Bréfritari: Jakobína Jónsdóttir
Viðtakandi: Sólveig Jónsdóttir
Dagsetning: A-1872-11-23
Skrifað á: Bessastöðum  Gull.
systir bréfviðtakanda

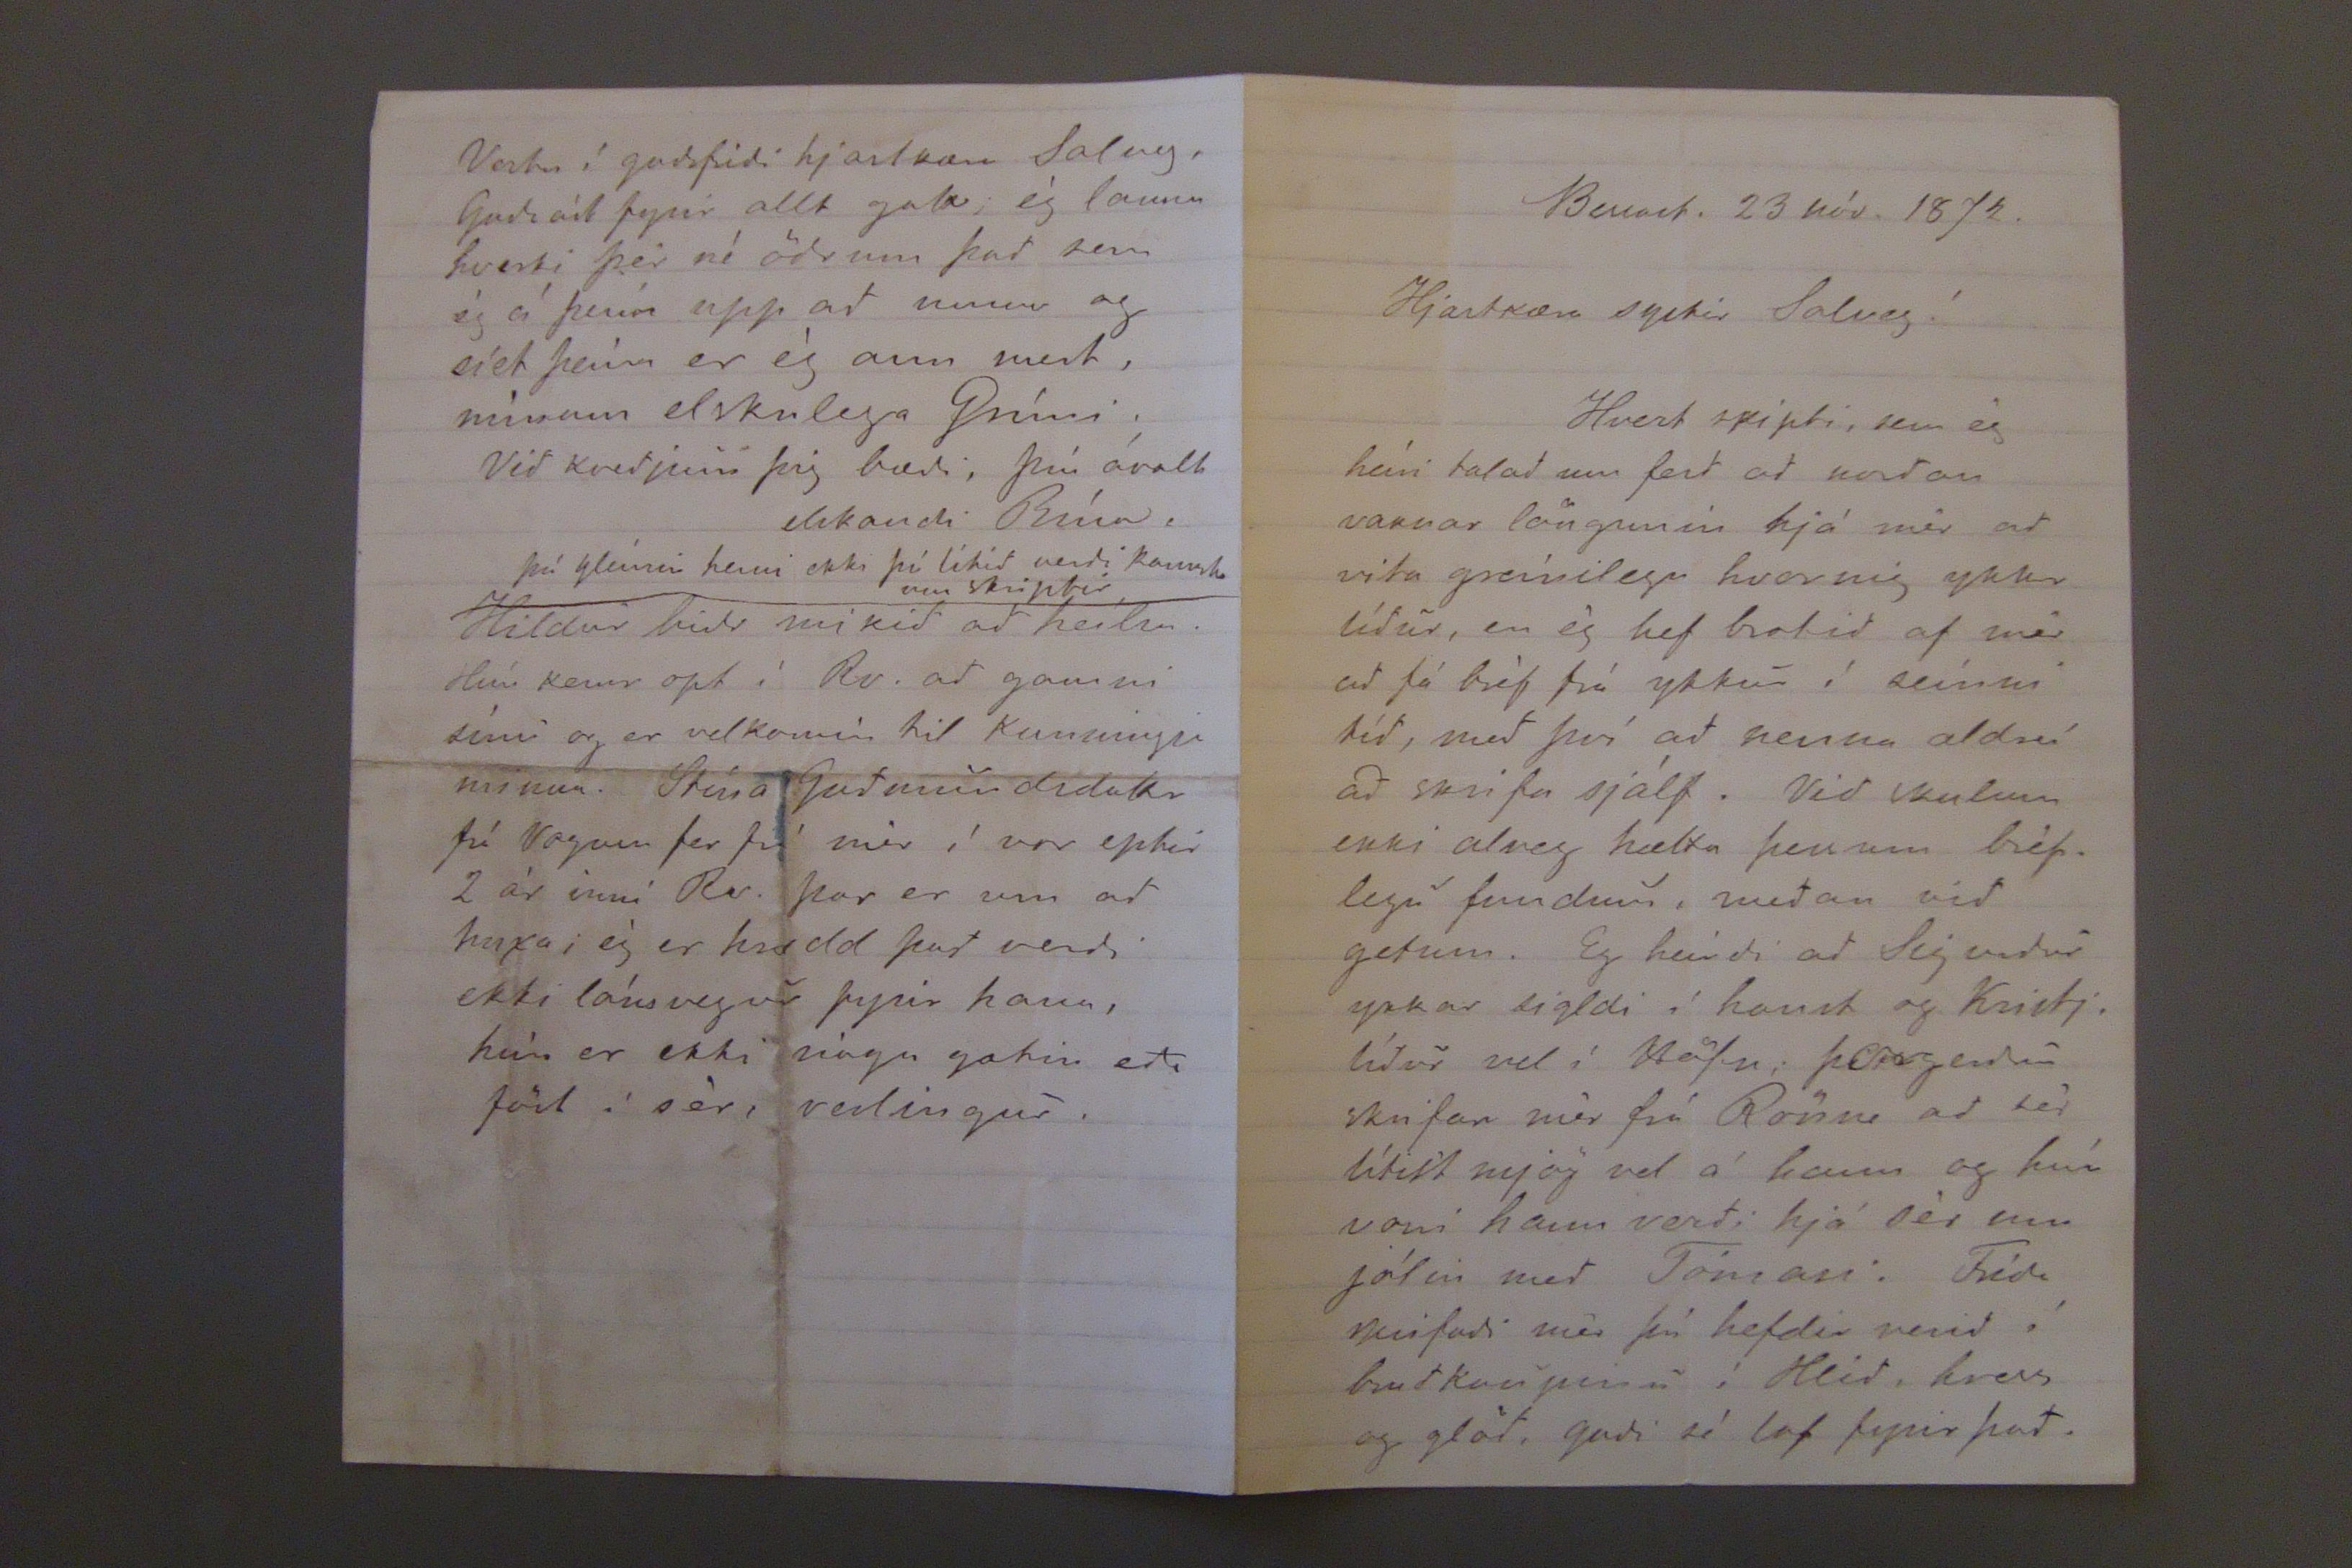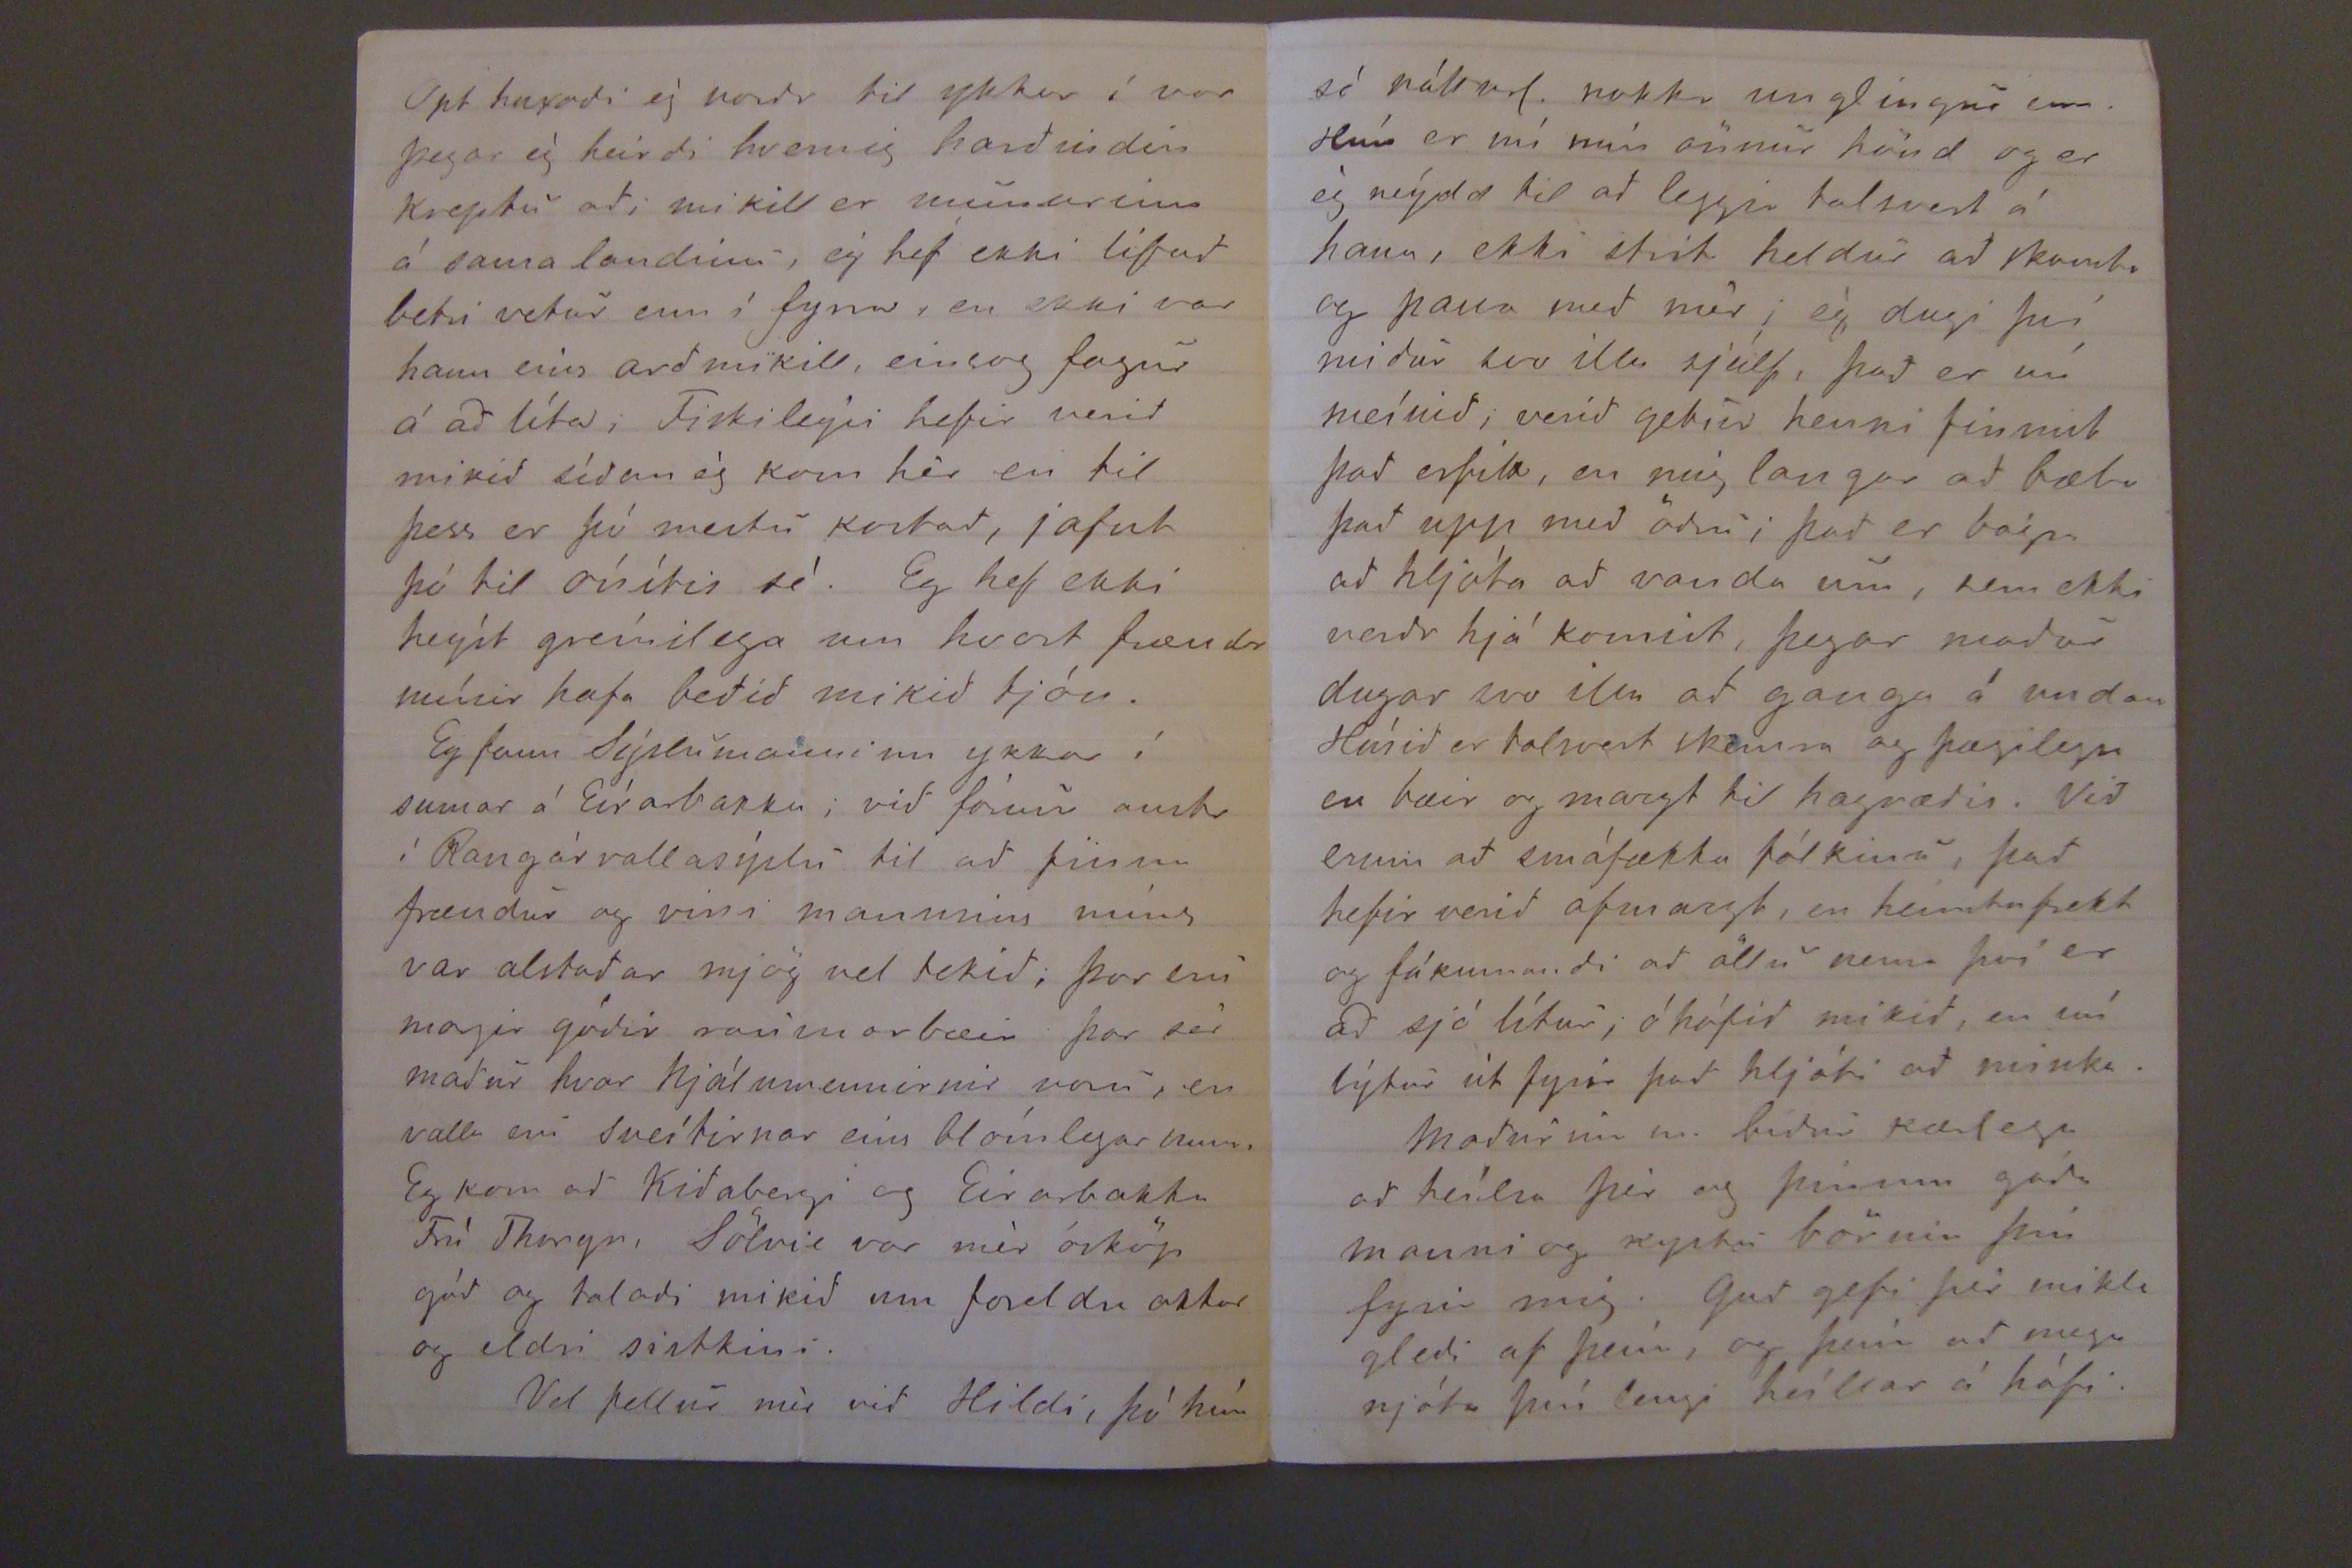

Bessast. 23 nóv. 1872.
Hjartkæra systir Solveg!
Hvert skipti, sem ég heíri talad um ferd ad nordan vaknar löngunin hjá mér ad vita greínilega hvernig ykkr lídur, en ég hef brotid af mér ad fá bréf frá ykkur í seínni tíd, med því ad nenna aldreí ad skrifa sjálf. Vid skulum ekki alveg hætta þessum bréflegu fundum, medan vid getum. Eg heírdi ad Sigurdur ykkar sigldi í haust og Kristj. lídur vel í Höfn; Þorgerdur skrifar mér frá Rönne ad sér lítist mjög vel á hann og hún voni hann verdi hjá sér um jólin med Tómasi. Frída skrifadi mér þú hefdir verid í brudkaupinu í Hlíd, hress og glöd, gudi sé lof fyrir þad.
Opt huxadi ég nordr til ykkar í vor þegar ég heirdi hvernig hardindin kreptu ad; mikill er munurinn á sama landinu, ég hef ekki lifad betri vetur enn í fyrra, en ekki var hann eíns ardmikill, einsog fagur á ad líta; Fiskileýsi hefir verid mikid sídan ég kom hér en til til þess er þó mestu kostad, jafnt þó til óvítis sé. Eg hef ekki heýrt greínilega um hvort frændr mínir hafa bedid mikid tjón.
Eg fann Sýslumanninn ykkar í sumar á Eírabakka; vid fórum austr í Rangárvallasýslu til ad finna frændur og vini mannsins míns var alstadar mjög vel tekid; þar eru margir gódir raumarbæir þar sá madur hvar hjálmmennirnir voru, en valla eru sveítirnar eins Hólmlegar nuna. Eg kom ad Kvidabergi og Eirarbakka Frú Thorgr, Sölvic var mér ósköp gód og taladi mikid um foreldra okkar og eldri sistkini.
Vel fellur mér vid Hildi, þó hún
Vertu í gudsfridi hjartkæra Solveg, Gudsást fyrir allt gott, ég launa hverki þér né ödrum þad sem ég á þeim upp ad nema og síet þeím er ég ann mest, mínum elskulega Grími.
Vid kvedjum þig bædi, þín ávalt elskandi Bína.
þú gleími henni ekki þó lítid verdi kannske um skiptir.
Hildur bidr mikid ad heílsa. Hún kemr opt í Rv. ad gamni sínu og er velkomin til kunningja minna. Stína Gudmundsdottr frá Vogum fer frá mér í vor eptir 2 ár inní Rv. þar er um ad huxa; ég er hrædd þad verdi ekki lánsvegur fyrir hana, hún er ekki nógu gætin eda föst í sér, veslingur.
sé nátturl. nokkr unglingur enn. Hún er nú mér önnur hönd og er ég neýdd til ad leggja talsvert á hana, ekki strit heldur ad skamta og passa med mér; ég dugi því midur svo illa sjálf, þad er nú meínid, verid getur henni finnist þad erfitt, en mig langar ad bæta þad upp med ödru; þad er bagra ad hljóta ad vanda um, sem ekki verdr hjá komist, þegar madur dugar svo illa ad ganga á undan Húsid er talsvert skemra og þægilegra en bæir og margt til hagrædis. Vid erum ad smáfækka fólkinu, þad hefir verid ofmargt, en heimtufrekt og fákunnandi ad öllu nema því er ad sjó lítur; óhófid mikid, en nú lýtur út fyrir þad hljóti ad minka.
Madurinn m. bidur kærlega ad heílsa þér og þinum góda manni og kystu börnin þín fyrir mig. Gud gefi þér mikla gledi af þeím, og þeím ad mega njóta þín lengi heíllar á hófi.